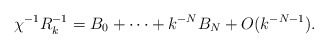
\begin{align*} \chi^{-1} R_k^{-1} = B_0 + \cdots + k^{-N} B_N + O(k^{-N-1}).\end{align*}